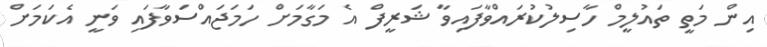
އިން މަތީ ތައުލީމް ހާސިލުކުރައްވާފައިވާ ޝަރީފް އެ މަގާމަށް ހަމަޖައްސަވާފައި ވަނީ އެކަމަށް